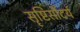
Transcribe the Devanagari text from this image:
सॄष्टिसौंदर्य